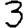
Digit: 3